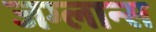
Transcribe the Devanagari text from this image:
जग्लान्स